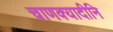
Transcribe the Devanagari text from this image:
चाणक्यादीनि